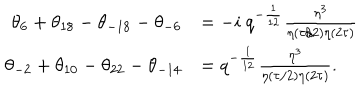
LaTeX: \begin{array} { r l } { { \theta _ { 6 } + \theta _ { 1 8 } - \theta _ { - 1 8 } - \theta _ { - 6 } } } & { { = - i ~ q ^ { - { \frac { 1 } { 1 2 } } } { \frac { \eta ^ { 3 } } { \eta ( \tau / 2 ) \eta ( 2 \tau ) } } } } \\ { { \theta _ { - 2 } + \theta _ { 1 0 } - \theta _ { 2 2 } - \theta _ { - 1 4 } } } & { { = q ^ { - { \frac { 1 } { 1 2 } } } { \frac { \eta ^ { 3 } } { \eta ( \tau / 2 ) \eta ( 2 \tau ) } } . } } \\ \end{array}